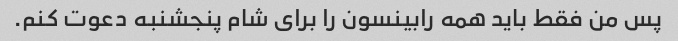
پس من فقط باید همه رابینسون را برای شام پنجشنبه دعوت کنم.